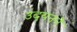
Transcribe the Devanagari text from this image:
उदयनने